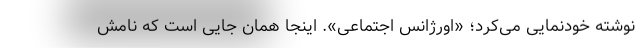
نوشته خودنمایی می‌کرد؛ «اورژانس اجتماعی». اینجا همان جایى است که نامش